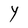
Character: Y